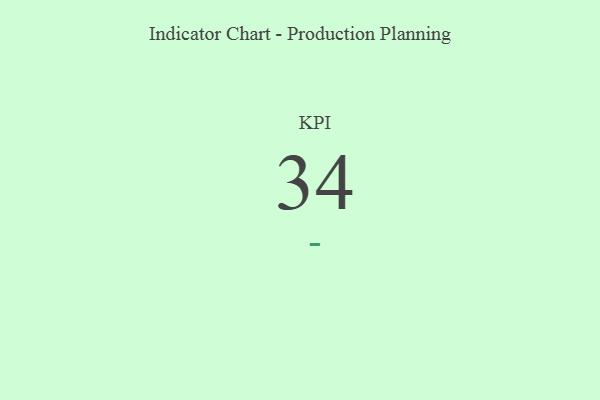
{"axis": {"x": "KPI", "y": "Value"}, "legend": [""], "data": [{"x": "KPI", "y": 34, "type": ""}]}